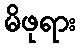
မိဖုရား